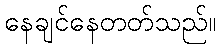
နေချင်နေတတ်သည်။